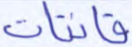
قانتات